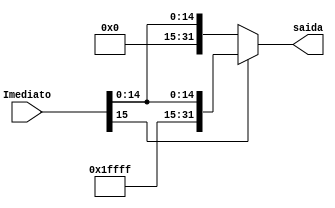
module sign_extend_16(
    input wire [15:0] Imediato,
    output wire [31:0] saida
);

    assign saida = (Imediato[15]) ? {{16{1'b1}}, Imediato} : {{16{1'b0}}, Imediato};

endmodule